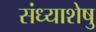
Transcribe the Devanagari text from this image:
संध्याशेषु